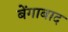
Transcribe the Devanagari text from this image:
बेंगाबाद